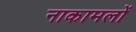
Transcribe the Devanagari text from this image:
नाकामलों